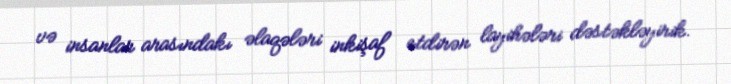
və insanlar arasındakı əlaqələri inkişaf etdirən layihələri dəstəkləyirik.